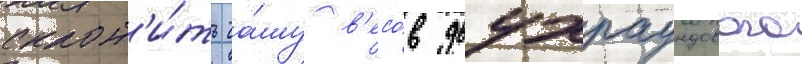
склон'и́ть ча́шу в'есо́в двухраундового